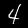
Digit: 4